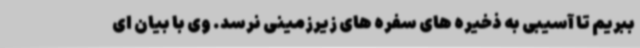
ببریم تا آسیبی به ذخیره های سفره های زیرزمینی نرسد. وی با بیان ای